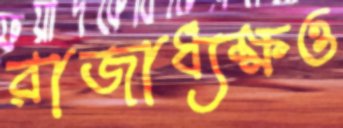
রাজাধ্যক্ষও